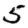
Digit: 5